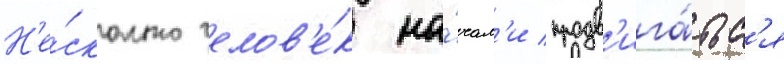
Н'е́сколько челов'е́к на́чал'и продв'ига́тьс'я